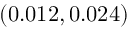
\left( 0 . 0 1 2 , 0 . 0 2 4 \right)